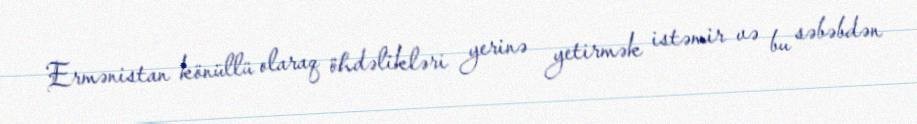
Ermənistan könüllü olaraq öhdəlikləri yerinə yetirmək istəmir və bu səbəbdən